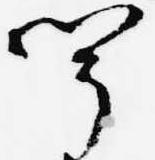
聞